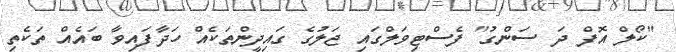
"ކޯލް އޮފް ދަ ސަންގު" ފެސްޓިވަލްގައި ޖަލުގެ ގައިދީންތަކެއް ހަދާފައިވާ ބައެއް ތަކެތި